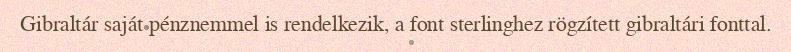
Gibraltár saját pénznemmel is rendelkezik, a font sterlinghez rögzített gibraltári fonttal.